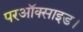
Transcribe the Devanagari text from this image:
परऑक्साइड।